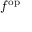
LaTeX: f ^ { \mathrm { o p } }